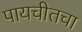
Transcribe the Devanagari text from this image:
पायचीतचा